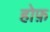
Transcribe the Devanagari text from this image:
होफ़